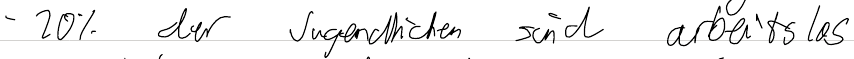
- 20 % der Jugendlichen sind arbeitslos